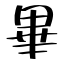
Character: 畢